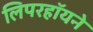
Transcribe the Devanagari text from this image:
लिपरहॉयने